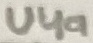
Text: U4a